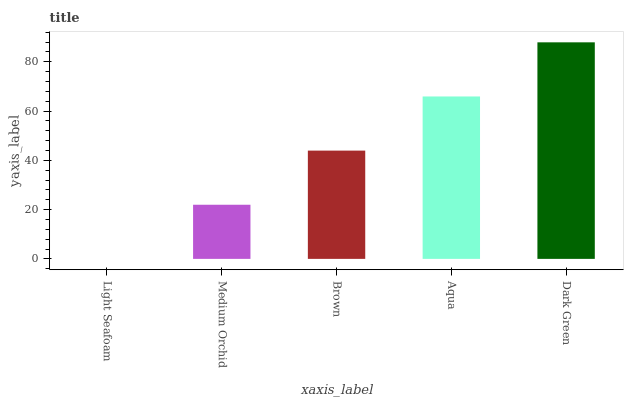
| xaxis_label | bars |
 | --- | --- |
 | Light Seafoam | 0 |
 | Medium Orchid | 22 |
 | Brown | 43.9 |
 | Aqua | 65.9 |
 | Dark Green | 87.9 |